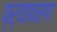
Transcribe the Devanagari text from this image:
प्र्यावरण